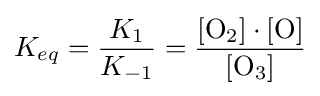
K_{eq}={\frac {K_{1}}{K_{-1}}}={\frac {[{\mathrm {O} {\vphantom {A}}_{\smash[{t}]{2}}}]\cdot [{\mathrm {O} }]}{[{\mathrm {O} {\vphantom {A}}_{\smash[{t}]{3}}}]}}